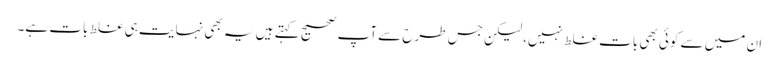
ان میں سے کوئی بھی بات غلط نہیں، لیکن جس طرح سے آپ صحیح کہتے ہیں یہ بھی نہایت ہی غلط بات ہے۔